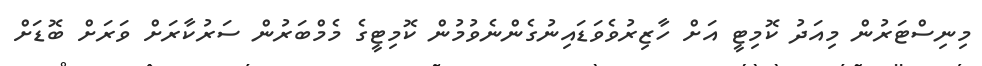
މިނިސްޓަރުން މިއަދު ކޮމިޓީ އަށް ހާޒިރުވެވަޑައިނުގެންނެވުމުން ކޮމިޓީގެ މެމްބަރުން ސަރުކާރަށް ވަރަށް ބޮޑަށް